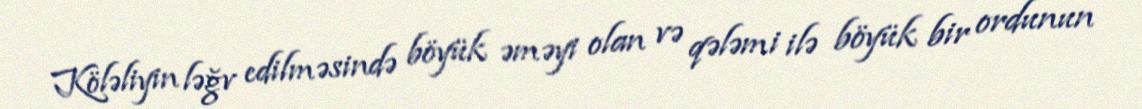
Köləliyin ləğv edilməsində böyük əməyi olan və qələmi ilə böyük bir ordunun